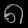
Digit: ၈